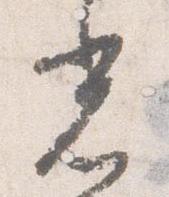
光